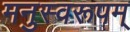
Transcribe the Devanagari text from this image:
मनुस्वरूपम्